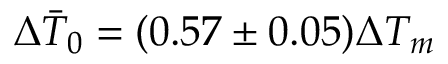
\Delta \bar { T } _ { 0 } = ( 0 . 5 7 \pm 0 . 0 5 ) \Delta T _ { m }